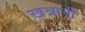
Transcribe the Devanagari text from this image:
खत्रानी